Subject: econ
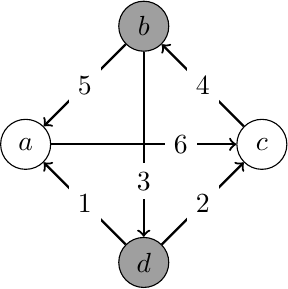
LaTeX code:
\begin{tikzpicture}

\node[circle,draw, minimum width=0.25in] at (0,0) (a) {$a$};
\node[circle,draw,minimum width=0.25in] at (3,0) (c) {$c$};
\node[circle,draw,minimum width=0.25in, fill=gray!75] at (1.5,1.5) (b) {$b$};

\node[circle,draw,minimum width=0.25in, fill=gray!75] at (1.5,-1.5) (d) {$d$};

\path[->,draw,thick] (a) to[pos=.7] node[fill=white] {$6$} (c);
\path[->,draw,thick] (b) to  node[fill=white] {$5$} (a);
\path[->,draw,thick] (d) to  node[fill=white] {$1$} (a);
\path[->,draw,thick] (d) to  node[fill=white] {$2$} (c);
\path[->,draw,thick] (b) to[pos=.7]   node[fill=white] {$3$} (d);
\path[->,draw,thick] (c) to   node[fill=white] {$4$} (b);
\end{tikzpicture}